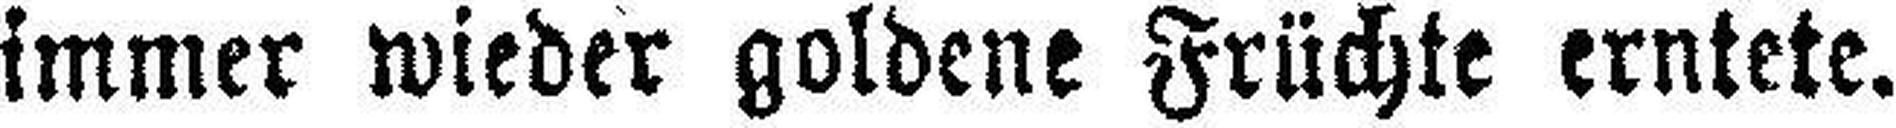
immer wieder goldene Früchte erntete.